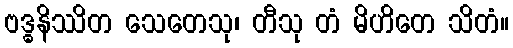
ဗဒ္ဓနိဿိတ သေတေသု၊ တီသု တံ မိဟိတေ သိတံ။